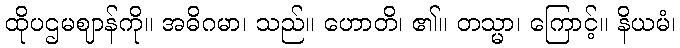
ထိုပဌမဈာန်ကို။ အဓိဂမာ၊ သည်။ ဟောတိ၊ ၏။ တသ္မာ၊ ကြောင့်။ နိယမံ၊